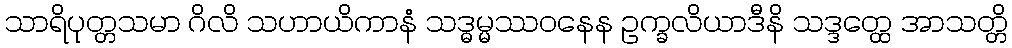
သာရိပုတ္တသမာ ဂိလိ သဟာယိကာနံ သဒ္ဓမ္မဿဝနေန ဥက္ခလိယာဒီနိ သဒ္ဒတ္ထေ အာသတ္တိ